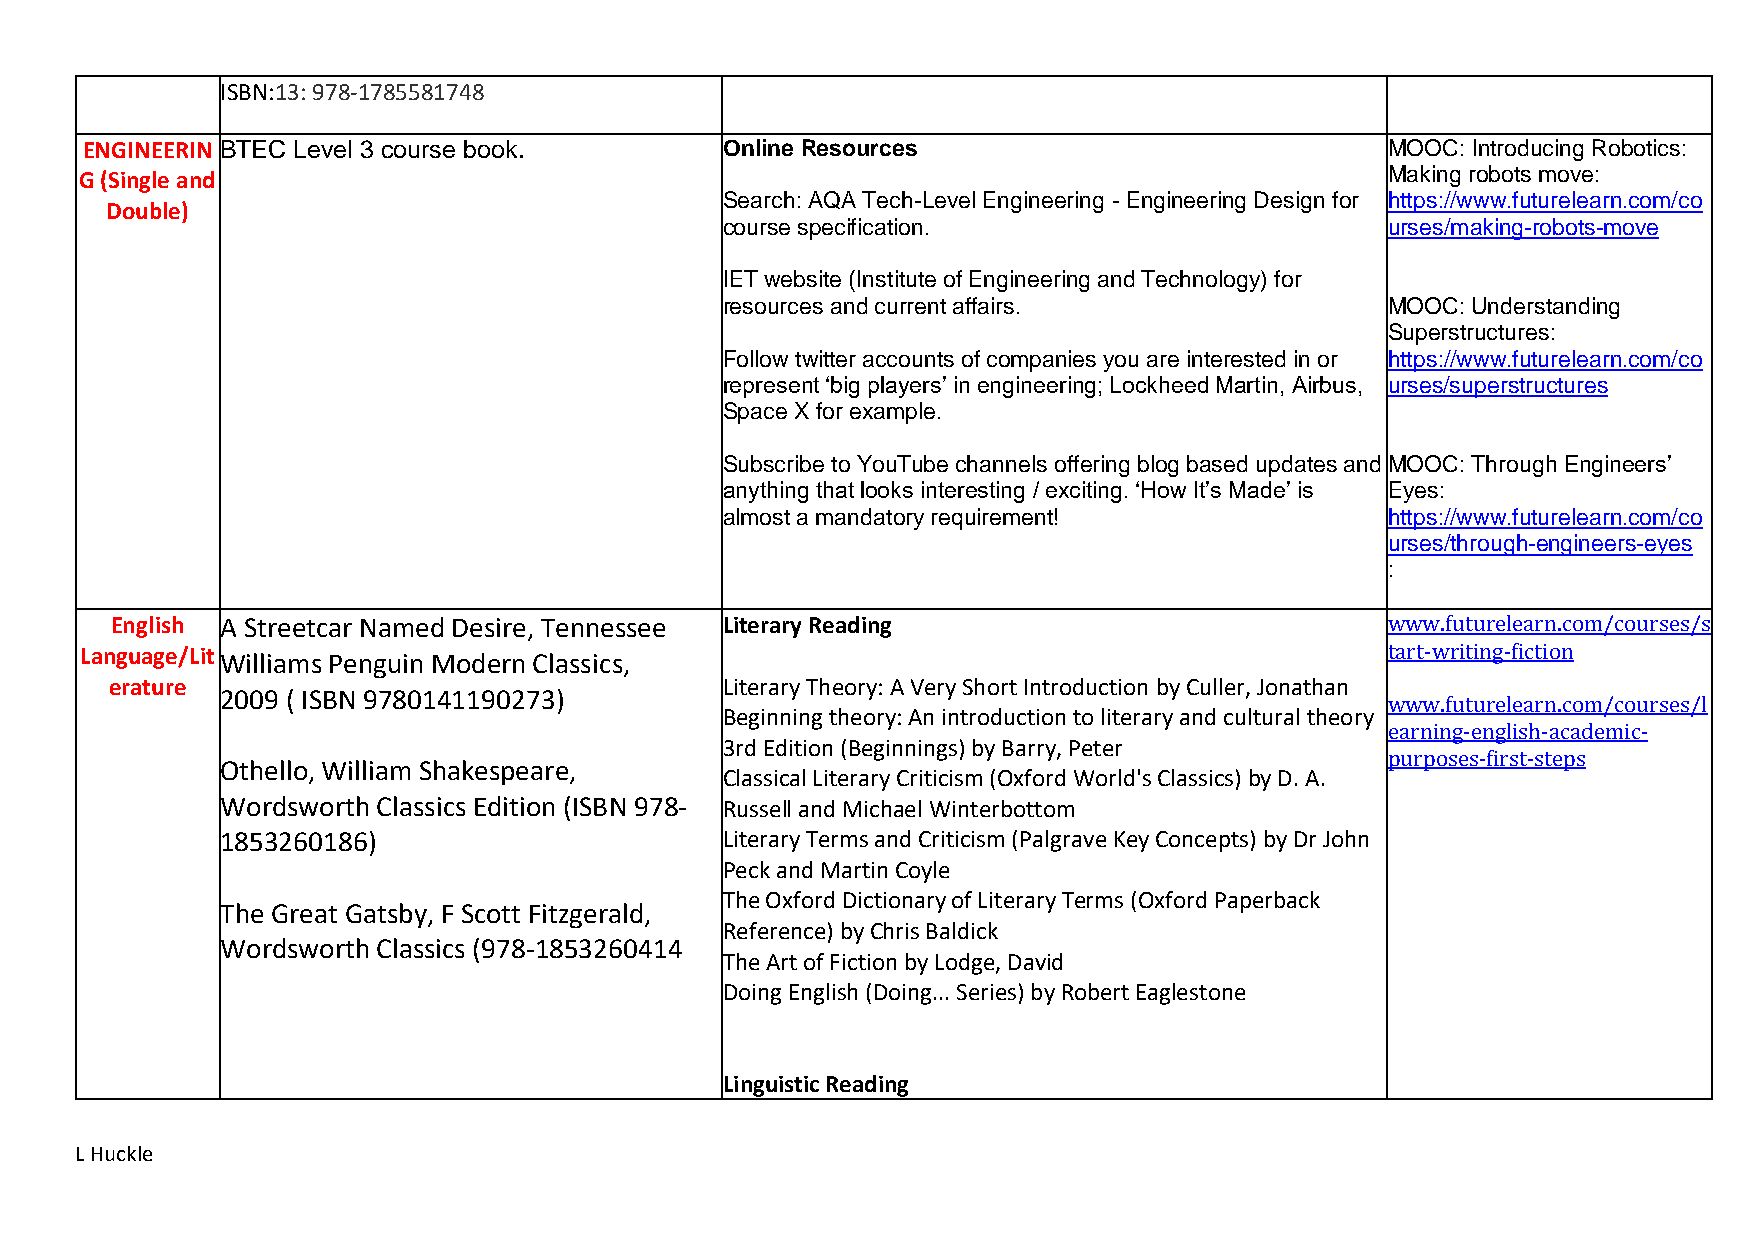
ISBN:13: 978-1785581748
 ENGINEERIN BTEC Level 3 course book.       Online Resources                            MOOC: Introducing Robotics:
 G (Single and                                                                          Making robots move:
 Search: AQA Tech-Level Engineering - Engineering Design for https://www.futurelearn.com/co
 Double)
 course specification.                       urses/making-robots-move
 IET website (Institute of Engineering and Technology) for
 resources and current affairs.              MOOC: Understanding
 Superstructures:
 Follow twitter accounts of companies you are interested in or https://www.futurelearn.com/co
 represent ‘big players’ in engineering; Lockheed Martin, Airbus, urses/superstructures
 Space X for example.
 Subscribe to YouTube channels offering blog based updates and MOOC: Through Engineers’
 anything that looks interesting / exciting. ‘How It’s Made’ is Eyes:
 almost a mandatory requirement!             https://www.futurelearn.com/co
 urses/through-engineers-eyes
 :
 English A Streetcar Named Desire, Tennessee Literary Reading                         www.futurelearn.com/courses/s
 Language/LitWilliams Penguin Modern Classics,                                          tart-writing-fiction
 erature                                  Literary Theory: A Very Short Introduction by Culler, Jonathan
 2009 ( ISBN 9780141190273)
 www.futurelearn.com/courses/l
 Beginning theory: An introduction to literary and cultural theory
 earning-english-academic-
 3rd Edition (Beginnings) by Barry, Peter
 purposes-first-steps
 Othello, William Shakespeare,
 Classical Literary Criticism (Oxford World's Classics) by D. A.
 Wordsworth Classics Edition (ISBN 978- Russell and Michael Winterbottom
 1853260186)                      Literary Terms and Criticism (Palgrave Key Concepts) by Dr John
 Peck and Martin Coyle
 The Oxford Dictionary of Literary Terms (Oxford Paperback
 The Great Gatsby, F Scott Fitzgerald,
 Reference) by Chris Baldick
 Wordsworth Classics (978-1853260414
 The Art of Fiction by Lodge, David
 Doing English (Doing... Series) by Robert Eaglestone
 Linguistic Reading
 L Huckle